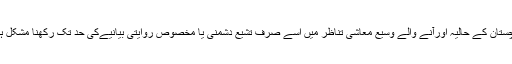
بلوچستان کے حالیہ اورآنے والے وسیع معاشی تناظر میں اسے صرف تشیع دشمنی یا مخصوص روایتی بیانیےکی حد تک رکھنا مشکل ہے۔